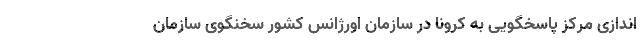
اندازی مرکز پاسخگویی به کرونا در سازمان اورژانس کشور سخنگوی سازمان